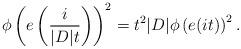
LaTeX: \begin{align*}\phi\left(e\left(\frac{i}{|D|t}\right)\right)^2=t^2|D|\phi\left(e(it)\right)^2.\end{align*}